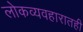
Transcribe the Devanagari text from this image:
लोकव्यवहारातही